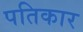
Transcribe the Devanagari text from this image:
पतिकार